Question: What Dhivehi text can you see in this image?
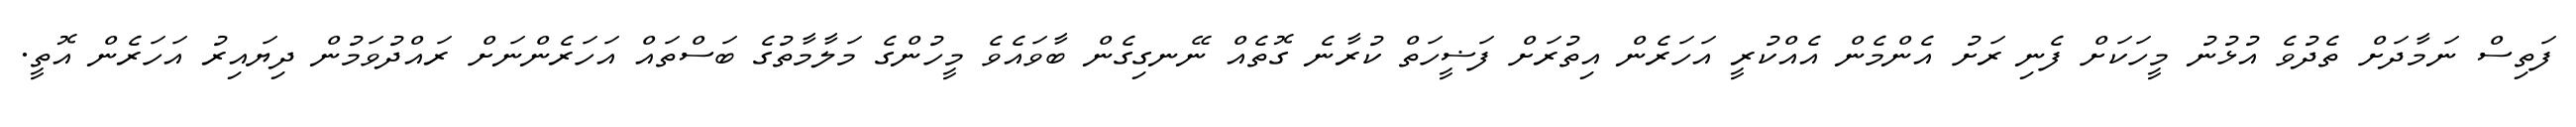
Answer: ފަތިސް ނަމާދަށް ތެދުވެ އުޅުނު މީހަކަށް ފެނި ރަށު އެންމެން އެއްކުރީ އަހަރެން އިތުރަށް ފަޟީހަތް ކުރާނެ ގޮތެއް ނޭނގިގެން ބާވައެވެ މީހުންގެ މަލާމާތުގެ ބަސްތައް އަހަރެންނަށް ރައްދުވަމުން ދިޔައިރު އަހަރެން އޮތީ.